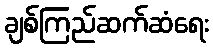
ချစ်ကြည်ဆက်ဆံရေး